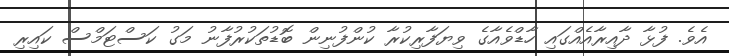
އެވެ. ފުޅާ ދާއިރާއެއްގައި ހާޑްވެއާގެ ވިޔަފާރިކުރާ ކުންފުނިން ބޮޑުތަކުރުފާނު މަގު ކަސްޓަމްސް ކައިރި